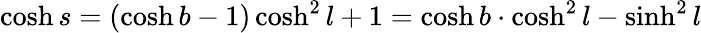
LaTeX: \cosh s=(\cosh b-1)\cosh^{2}l+1=\cosh b\cdot\cosh^{2}l-\sinh^{2}l